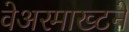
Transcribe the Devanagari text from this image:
वेअरमाख्टने